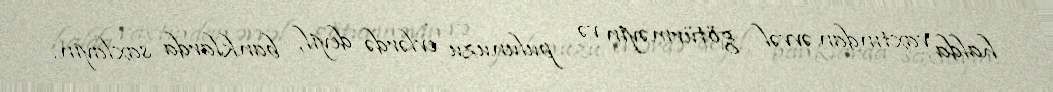
halda vaxtından əvvəl götürməyin və pulunuzu evlərdə deyil, banklarda saxlayın.